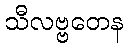
သီလဗ္ဗတေန